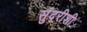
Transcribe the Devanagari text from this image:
सुंदरीशी